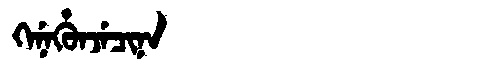
Manchu: ᡴᡝᠨᡝᡥᡠᠨᠵᡝᠴᡳᠨᠠ
Romanization: KENEHUNJECINA